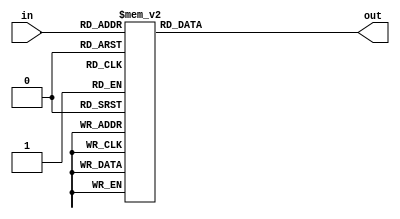
module Decoder (
    input [n-1:0] in,
    output reg [m-1:0] out
);

parameter n = 3;
parameter m = 8;

always @* begin
    case(in)
        3'b000: out = 3'b001;
        3'b001: out = 3'b010;
        3'b010: out = 3'b100;
        3'b011: out = 3'b001;
        3'b100: out = 3'b110;
        3'b101: out = 3'b101;
        3'b110: out = 3'b100;
        3'b111: out = 3'b111;
        default: out = 3'b000;
    endcase
end

endmodule